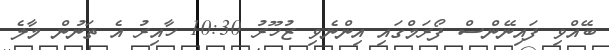
ބޭއްވި ފައިނޭންސް ފޯރަމްގައި އިންނެވި ޒުހޫރު 10:30 ހާއިރު އެ ތަނުން މާލެ